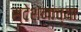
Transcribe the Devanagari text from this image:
स्टेशनांच्या